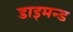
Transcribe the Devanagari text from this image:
डाइमन्ड